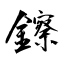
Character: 鑔